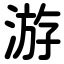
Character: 游